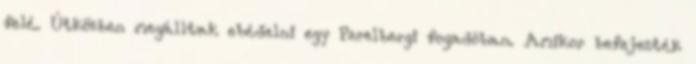
felé. Útközben megálltak ebédelni egy Perelbergi fogadóban. Amikor befejezték